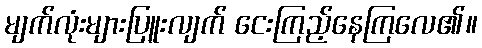
မျက်လုံးများပြူးလျက် ငေးကြည့်နေကြလေ၏။